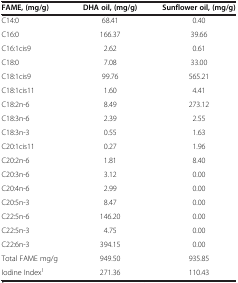
<table><thead><tr><td><b>FAME, (mg/g)</b></td><td><b>DHA oil, (mg/g)</b></td><td><b>Sunflower oil, (mg/g)</b></td></tr></thead><tbody><tr><td>C14:0</td><td>68.41</td><td>0.40</td></tr><tr><td>C16:0</td><td>166.37</td><td>39.66</td></tr><tr><td>C16:1cis9</td><td>2.62</td><td>0.61</td></tr><tr><td>C18:0</td><td>7.08</td><td>33.00</td></tr><tr><td>C18:1cis9</td><td>99.76</td><td>565.21</td></tr><tr><td>C18:1cis11</td><td>1.60</td><td>4.41</td></tr><tr><td>C18:2n-6</td><td>8.49</td><td>273.12</td></tr><tr><td>C18:3n-6</td><td>2.39</td><td>2.55</td></tr><tr><td>C18:3n-3</td><td>0.55</td><td>1.63</td></tr><tr><td>C20:1cis11</td><td>0.27</td><td>1.96</td></tr><tr><td>C20:2n-6</td><td>1.81</td><td>8.40</td></tr><tr><td>C20:3n-6</td><td>3.12</td><td>0.00</td></tr><tr><td>C20:4n-6</td><td>2.99</td><td>0.00</td></tr><tr><td>C20:5n-3</td><td>8.47</td><td>0.00</td></tr><tr><td>C22:5n-6</td><td>146.20</td><td>0.00</td></tr><tr><td>C22:5n-3</td><td>4.75</td><td>0.00</td></tr><tr><td>C22:6n-3</td><td>394.15</td><td>0.00</td></tr><tr><td>Total FAME mg/g</td><td>949.50</td><td>935.85</td></tr><tr><td>Iodine Index<sup>1</sup></td><td>271.36</td><td>110.43</td></tr></tbody></table>